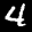
Label: 4